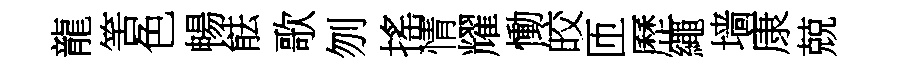
龍筈色暢䏻歌刎搖情耀慟皎匝歷繩墙康兢